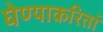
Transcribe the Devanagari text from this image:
घेण्याकरितां